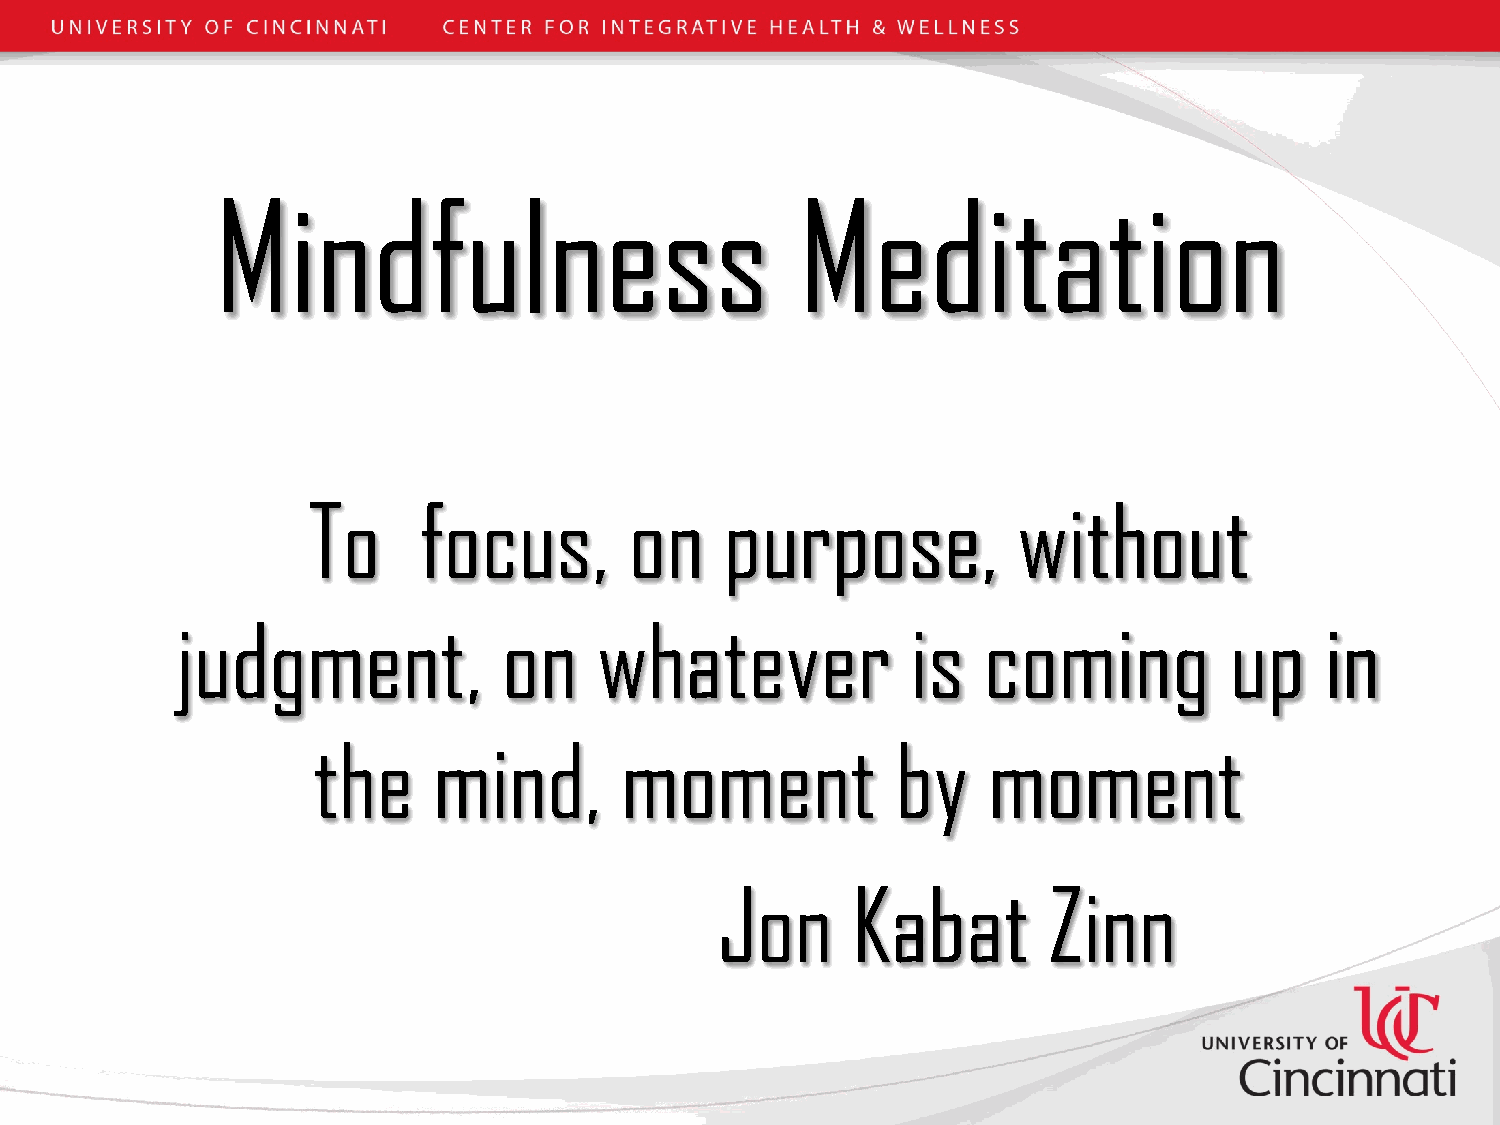
Mindfulness                            Meditation
 To      focus,        on    purpose,           without
 judgment,            on     whatever            is   coming          up     in
 the     mind,       moment            by    moment
 Jon     Kabat        Zinn